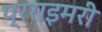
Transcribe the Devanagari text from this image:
प्रराइमरी